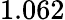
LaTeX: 1.062